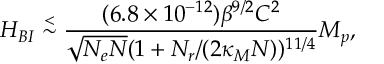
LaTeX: H _ { B I } \stackrel { < } { \sim } \frac { ( 6 . 8 \times 1 0 ^ { - 1 2 } ) \beta ^ { 9 / 2 } { \cal C } ^ { 2 } } { \sqrt { N _ { e } N } ( 1 + N _ { r } / ( 2 \kappa _ { M } N ) ) ^ { 1 1 / 4 } } M _ { p } ,